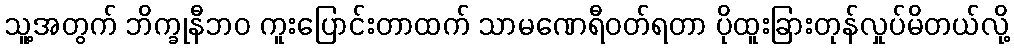
သူ့အတွက် ဘိက္ခုနီဘဝ ကူးပြောင်းတာထက် သာမဏေရီဝတ်ရတာ ပိုထူးခြားတုန်လှုပ်မိတယ်လို့